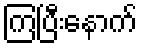
ကြပြီးနောက်